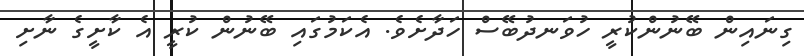
ގިނައިން ބޭނުންކުރީ ހުވަނދުބޭސް ހަދާށެވެ. އެކަމުގައި ބޭނުން ކުރީ އެ ކާށީގެ ނާށި